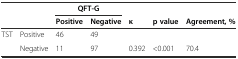
<table><thead><tr><td colspan="2" rowspan="2">[EMPTY_CELL]</td><td colspan="2"><b>QFT-G</b></td><td>[EMPTY_CELL]</td><td>[EMPTY_CELL]</td><td>[EMPTY_CELL]</td></tr><tr><td><b>Positive</b></td><td><b>Negative</b></td><td><b>κ</b></td><td><b>p value</b></td><td><b>Agreement, %</b></td></tr></thead><tbody><tr><td rowspan="2">TST</td><td>Positive</td><td>46</td><td>49</td><td>[EMPTY_CELL]</td><td>[EMPTY_CELL]</td><td>[EMPTY_CELL]</td></tr><tr><td>Negative</td><td>11</td><td>97</td><td>0.392</td><td>&lt;0.001</td><td>70.4</td></tr></tbody></table>